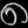
Digit: ၈